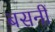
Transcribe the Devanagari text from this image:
बसनीं